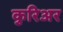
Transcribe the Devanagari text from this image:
कुरिअर